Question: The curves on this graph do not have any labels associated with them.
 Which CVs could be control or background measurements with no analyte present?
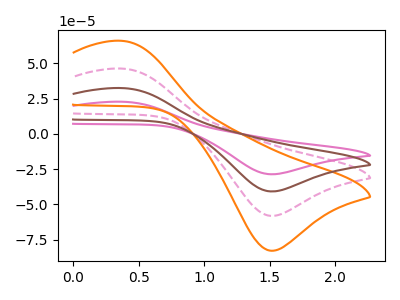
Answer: <think>The pink curve "pink" has an anodic peak at (0.40V, 138.65uA) and a cathodic peak at (1.50V, -174.25uA). The pink dashed curve "pink dashed" has an anodic peak at (0.40V, 46.20uA) and a cathodic peak at (1.50V, -58.10uA). The orange curve "orange" has an anodic peak at (0.40V, 65.85uA) and a cathodic peak at (1.50V, -82.75uA). The brown curve "brown" has an anodic peak at (0.40V, 92.45uA) and a cathodic peak at (1.50V, -116.15uA).</think>
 <answer>There are not any CV's on this graph that are likely to be blanks.</answer>
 <eval>none</eval>